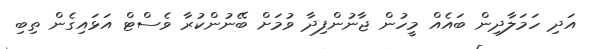
އަދި ހަމަލާދިން ބައެއް މީހުން ޖާނުންފިދާ ވުމަށް ބޭނުންކުރާ ވެސްޓް އަޅައިގެން ތިބި